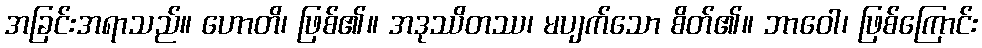
အခြင်းအရာသည်။ ဟောတိ၊ ဖြစ်၏။ အဒုဿိတဿ၊ မပျက်သော စိတ်၏။ ဘာဝေါ၊ ဖြစ်ကြောင်း